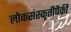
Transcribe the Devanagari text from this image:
लोकसंस्कृतीपैकी